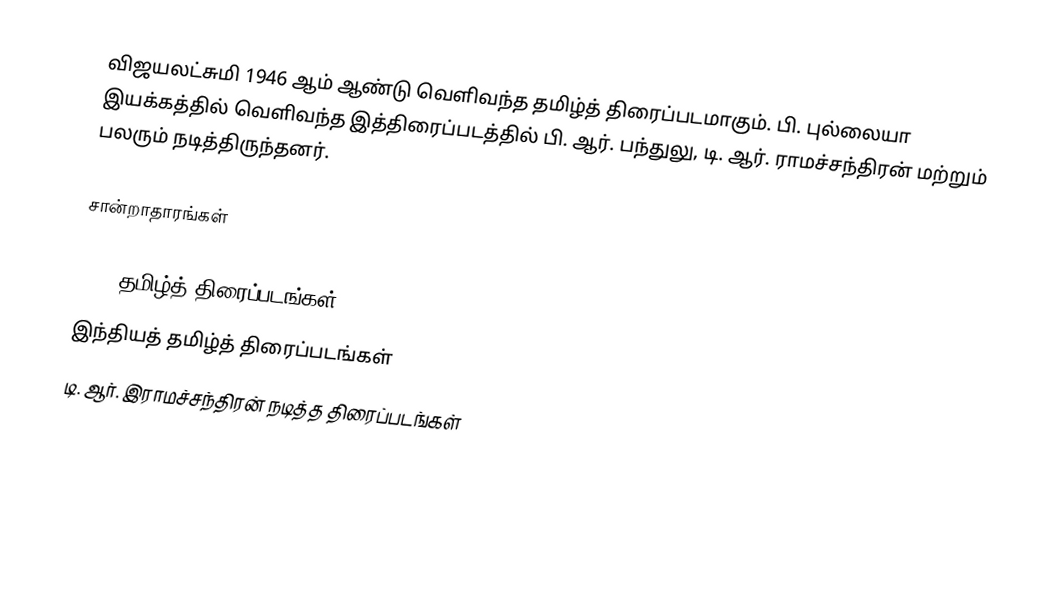
விஜயலட்சுமி 1946 ஆம் ஆண்டு வெளிவந்த தமிழ்த் திரைப்படமாகும். பி. புல்லையா இயக்கத்தில் வெளிவந்த இத்திரைப்படத்தில் பி. ஆர். பந்துலு, டி. ஆர். ராமச்சந்திரன் மற்றும் பலரும் நடித்திருந்தனர்.

சான்றாதாரங்கள்

1946 தமிழ்த் திரைப்படங்கள்
இந்தியத் தமிழ்த் திரைப்படங்கள்
டி. ஆர். இராமச்சந்திரன் நடித்த திரைப்படங்கள்